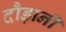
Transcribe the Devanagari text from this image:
दौड़ानी